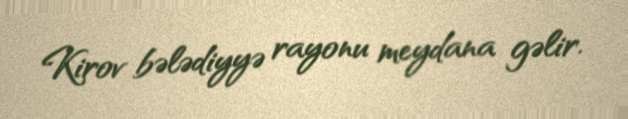
Kirov bələdiyyə rayonu meydana gəlir.